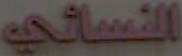
النسائي